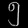
Digit: ၅